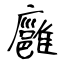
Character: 廱